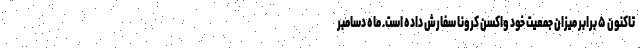
تاکنون ۵ برابر میزان جمعیت خود واکسن کرونا سفارش داده است. ماه دسامبر